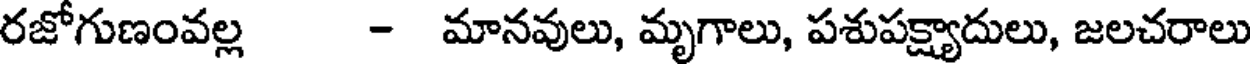
రజోగుణంవల్ల - మానవులు, మృగాలు, పశుపక్ష్యాదులు, జలచరాలు